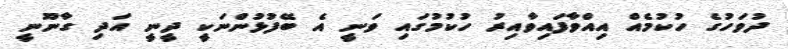
ދުވަހުގެ ހުކުމެއް އިއްވާފައިވާއިރު ހުކުމުގައި ވަނީ އެ ބޭފުޅުންނަކީ ދީނީ އަދި ގާނޫނީ